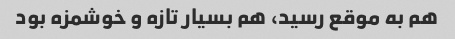
هم به موقع رسید، هم بسیار تازه و خوشمزه بود